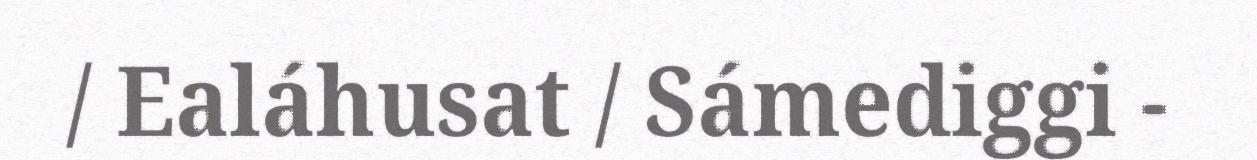
/ Ealáhusat / Sámediggi -